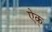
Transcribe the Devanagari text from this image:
ऐक्